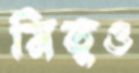
মিতুও